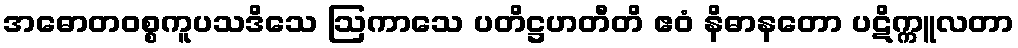
အဓောတဝစ္စကူပသဒိသေ ဩကာသေ ပတိဋ္ဌဟတီတိ ဧဝံ နိဓာနတော ပဋိက္ကူလတာ